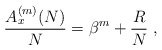
\begin{align*}\frac{A_x^{(m)}(N)}N =\beta^m+\frac{R}{N}\ ,\end{align*}